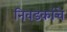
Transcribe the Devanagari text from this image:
निवडकांचे